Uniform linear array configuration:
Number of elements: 8
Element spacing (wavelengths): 0.25
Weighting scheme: cosine
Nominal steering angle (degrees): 30
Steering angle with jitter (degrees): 30.314
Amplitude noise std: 0.05
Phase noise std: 0.05

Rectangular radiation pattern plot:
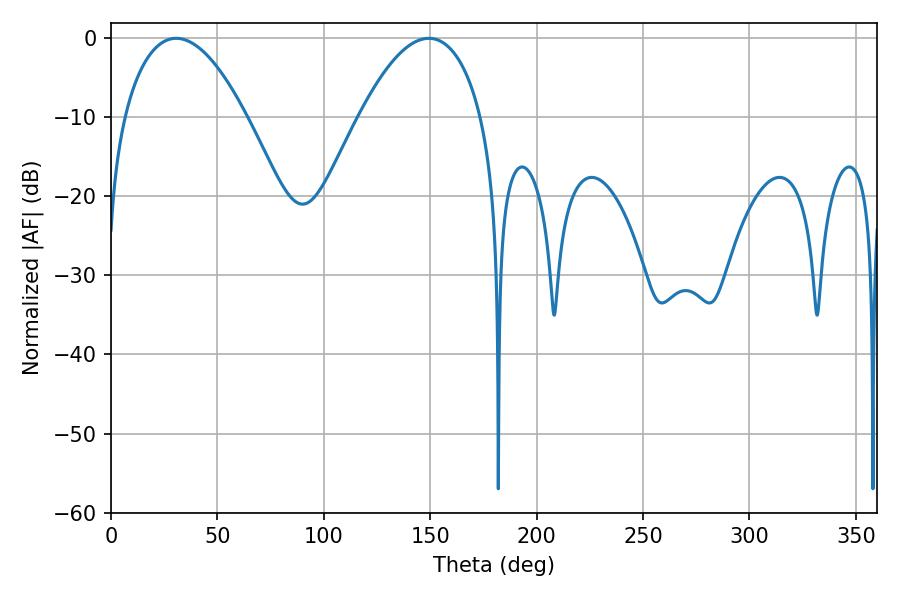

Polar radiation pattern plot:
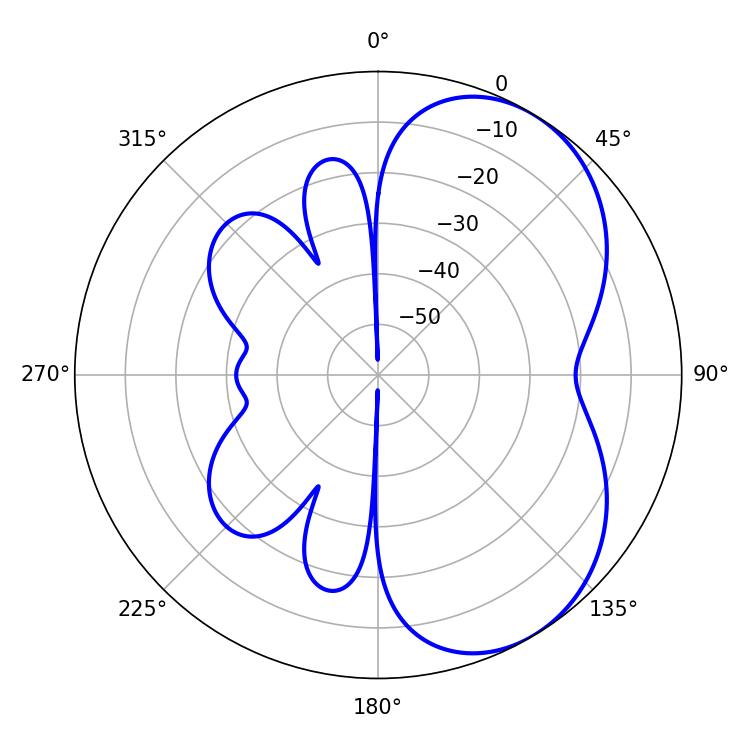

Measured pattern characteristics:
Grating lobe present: FALSE
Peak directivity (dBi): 5.037
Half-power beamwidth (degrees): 31.86
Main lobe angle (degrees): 30.6